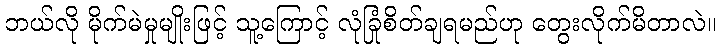
ဘယ်လို မိုက်မဲမှုမျိုးဖြင့် သူ့ကြောင့် လုံခြုံစိတ်ချရမည်ဟု တွေးလိုက်မိတာလဲ။